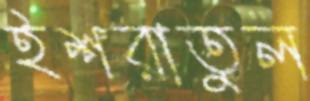
ইশরাতুল